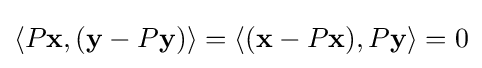
\langle P\mathbf {x} ,(\mathbf {y} -P\mathbf {y} )\rangle =\langle (\mathbf {x} -P\mathbf {x} ),P\mathbf {y} \rangle =0